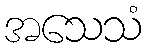
အသေသံ